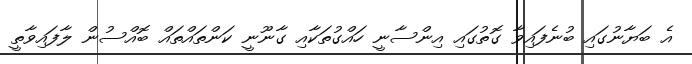
އެ ބަޔާނުގައި ބުނެފައިވާ ގޮތުގައި އިންސާނީ ހައްގުތަކާއި ގާނޫނީ ކަންތައްތައް ބޮއްސުން ލާފައިވާތީ